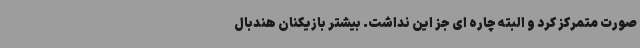
صورت متمرکز کرد و البته چاره ای جز این نداشت. بیشتر بازیکنان هندبال